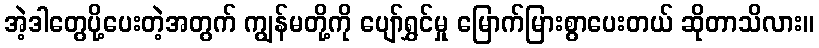
အဲ့ဒါတွေပို့ပေးတဲ့အတွက် ကျွန်မတို့ကို ပျော်ရွှင်မှု မြောက်မြားစွာပေးတယ် ဆိုတာသိလား။